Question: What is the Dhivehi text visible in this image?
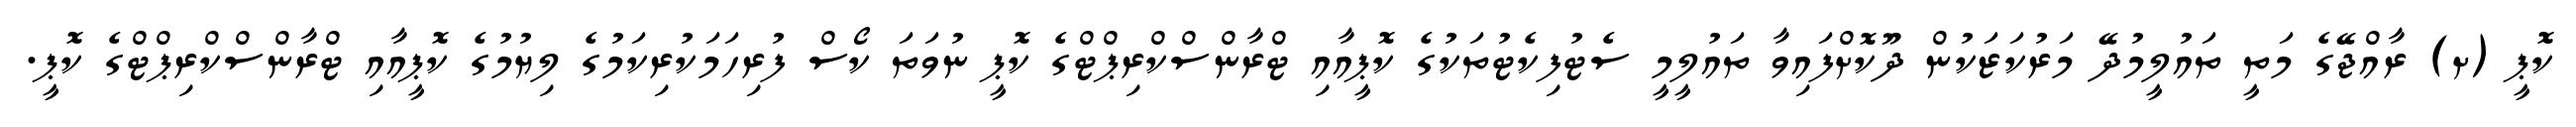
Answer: ކޮޕީ (ށ) ރާއްޖޭގެ މަތީ ތައުލީމުދޭ މަރުކަޒަކުން ދޫކޮށްފައިވާ ތައުލީމީ ސެޓުފިކެޓުތަކުގެ ކޮޕީއާއި ޓްރާންސްކްރިޕްޓްގެ ކޮޕީ ނުވަތަ ކޯސް ފުރިހަމަކުރިކަމުގެ ލިޔުމުގެ ކޮޕީއާއި ޓްރާންސްކްރިޕްޓްގެ ކޮޕީ.